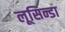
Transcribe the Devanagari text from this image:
लूसिन्डा